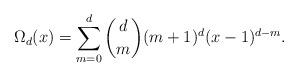
LaTeX: \begin{align*}\Omega_d(x)=\sum_{m=0}^d{d\choose m}(m+1)^d(x-1)^{d-m}.\end{align*}